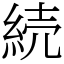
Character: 続